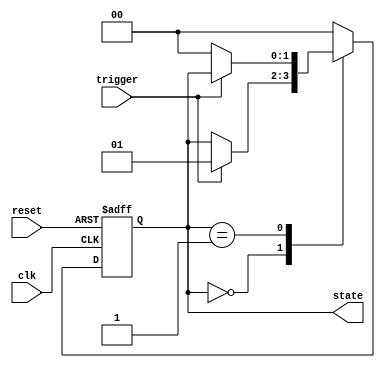
module state_machine (
    input wire clk,        // Clock signal
    input wire reset,      // Reset signal
    input wire trigger,    // Input signal to trigger state transition
    output reg [1:0] state // 2-bit state output
);

    // State encoding
    localparam STATE_A = 2'b00;
    localparam STATE_B = 2'b01;

    // Sequential logic using non-blocking assignments
    always @(posedge clk or posedge reset) begin
        if (reset) begin
            state <= STATE_A;  // Reset to initial state
        end else begin
            case (state)
                STATE_A: begin
                    if (trigger) begin
                        state <= STATE_B;  // Transition to STATE_B
                    end
                end
                STATE_B: begin
                    if (!trigger) begin
                        state <= STATE_A;  // Transition back to STATE_A
                    end
                end
                default: begin
                    state <= STATE_A;  // Default state
                end
            endcase
        end
    end

endmodule